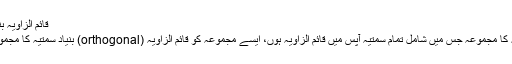
قائم الزاویہ بنیاد سمتیہ[ترمیم]
ایسے بنیاد سمتیہ کا مجموعہ جس میں شامل تمام سمتیہ آپس میں قائم الزاویہ ہوں، ایسے مجموعہ کو قائم الزاویہ (orthogonal) بنیاد سمتیہ کا مجموعہ کہا جاتا ہے۔